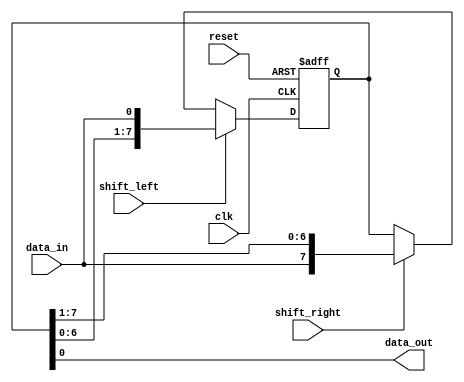
module shift_register (
    input wire clk,
    input wire reset,
    input wire shift_left,
    input wire shift_right,
    input wire data_in,
    output reg data_out
);

reg [7:0] reg_data;

always @ (posedge clk or posedge reset)
begin
    if (reset)
        reg_data <= 8'b0;
    else if (shift_left)
        reg_data <= {reg_data[6:0], data_in};
    else if (shift_right)
        reg_data <= {data_in, reg_data[7:1]};
end

assign data_out = reg_data[0];

endmodule